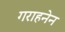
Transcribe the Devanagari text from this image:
गराहनेन